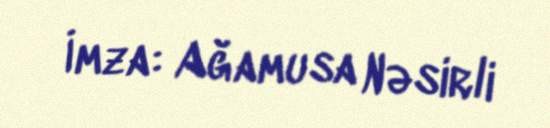
İmza: Ağamusa Nəsirli